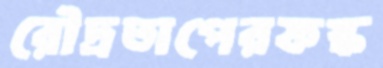
রৌদ্রতাপেরফস্ক